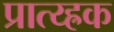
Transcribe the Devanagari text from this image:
प्रात्य्ह्रक